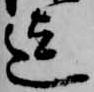
迄